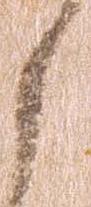
く